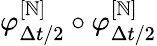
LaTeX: \varphi_{\Delta{t}/2}^{[\mathbb{N}]}\circ\varphi_{\Delta{t}/2}^{[\mathbb{N}]}